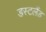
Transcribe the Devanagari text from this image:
डस्टलैंड